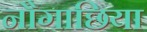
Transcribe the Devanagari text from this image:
नौगाछिया